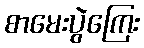
စာမေးပွဲကြေး